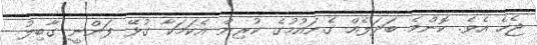
ޖެހެ އެވެ. ކޮންމެ ބަދަލެއް ގެނައުމުގެ ކުރިން އެކަމަކާ ގުޅޭ ފަންނީ ގާބިލު